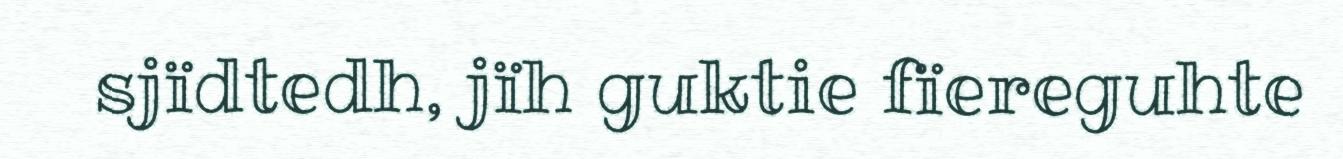
sjïdtedh, jïh guktie fïereguhte